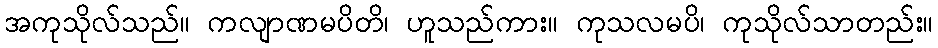
အကုသိုလ်သည်။ ကလျာဏမပိတိ၊ ဟူသည်ကား။ ကုသလမပိ၊ ကုသိုလ်သာတည်း။